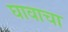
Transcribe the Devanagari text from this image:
घावाचा